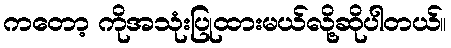
ကတော့ ကိုအသုံးပြုထားမယ်လို့ဆိုပါတယ်။